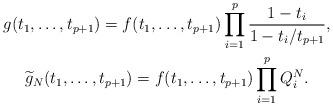
LaTeX: \begin{gather*}g(t_1,\ldots,t_{p+1}) =f(t_1,\ldots,t_{p+1}) \prod_{i=1}^p \frac{1-t_i}{1-{t_i}/{t_{p+1}}},\\\widetilde{g}_N(t_1,\ldots,t_{p+1}) =f(t_1,\ldots,t_{p+1}) \prod_{i=1}^p Q_{i}^N.\end{gather*}